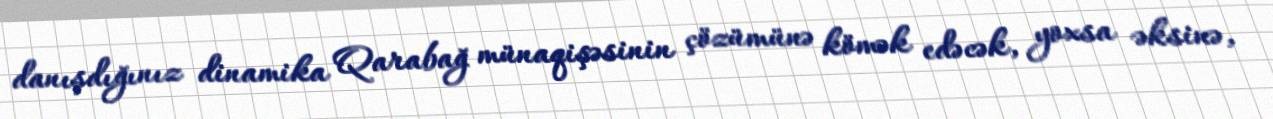
danışdığınız dinamika Qarabağ münaqişəsinin çözümünə kömək edəcək, yoxsa əksinə,